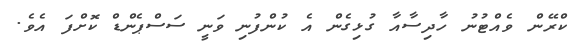
ކްރޭން ވެއްޓުނު ހާދިސާއާ ގުޅިގެން އެ ކުންފުނި ވަނީ ސަސްޕެންޑް ކޮށްފަ އެވެ.